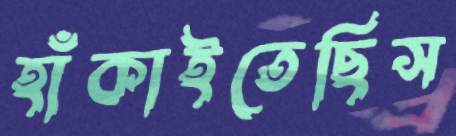
হাঁকাইতেছিস